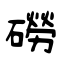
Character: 磱